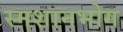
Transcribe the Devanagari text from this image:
स्मशानभोग